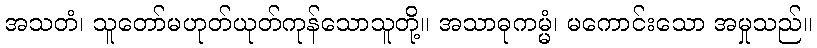
အသတံ၊ သူတော်မဟုတ်ယုတ်ကုန်သောသူတို့။ အသာဓုကမ္မံ၊ မကောင်းသော အမှုသည်။